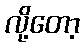
လို့တော့